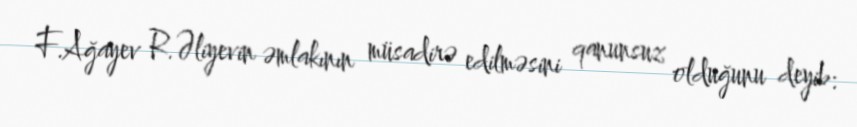
F.Ağayev R.Əliyevin əmlakının müsadirə edilməsini qanunsuz olduğunu deyib: